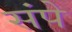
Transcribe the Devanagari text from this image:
संपे